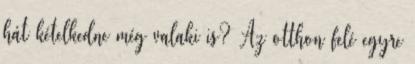
hát kételkedne még valaki is? Az otthon felé egyre